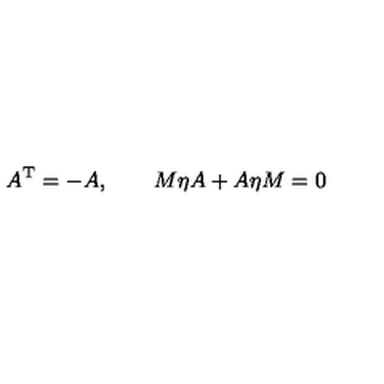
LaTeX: A ^ { \mathrm { T } } = - A , \qquad M \eta A + A \eta M = 0